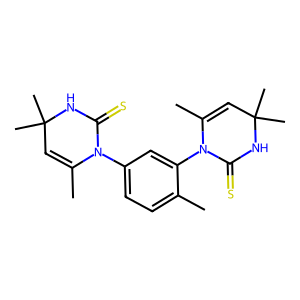
SMILES: CC1=CC(C)(C)NC(=S)N1c1ccc(C)c(N2C(=S)NC(C)(C)C=C2C)c1
Inhibits HIV replication: No